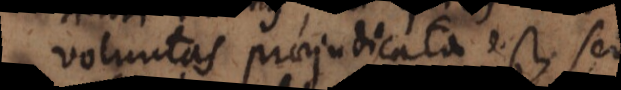
voluntas praejudicata est, sed